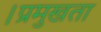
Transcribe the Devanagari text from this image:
।प्रमुखता